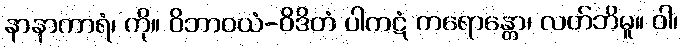
နာနာကာရံ၊ ကို။ ဝိဘာဝယံ-ဝိဒိတံ ပါကဋံ ကရောန္တော၊ လတ်ဘိမူ။ ဝါ၊